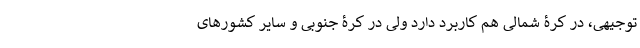
توجیهی، در کرۀ شمالی هم کاربرد دارد ولی در کرۀ جنوبی و سایر کشورهای